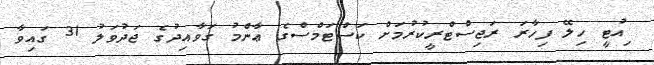
ިއުޓީ ހިލޭ ފިހާރަ ރަޖިސްޓްރީކުރުމަށް ކަސްޓަމްސްގެ ޢާންމު ގަވާއިދުގެ ޖަދުވަލު 31 ގައިވާ